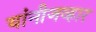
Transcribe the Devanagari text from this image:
यांनीजव्हार